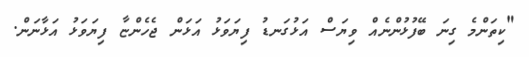
"ކިތަންމެ ގިނަ ބޭފުޅުންނެެއް ވިޔަސް އަޅުގަނޑު ފިޔަވަޅު އަޅަން ޖެހެންޏާ ފިޔަވަޅު އަޅާނަން.